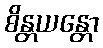
စိန္တယန္တော